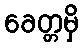
ခေတ္တမှိ